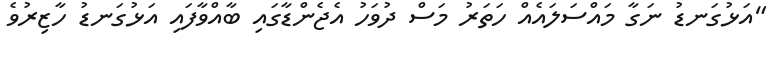
"އަޅުގަނޑު ނަގާ މައްސަލައެއް ހަތަރު މަސް ދުވަހު އެޖެންޑާގައި ބާއްވާފައި އަޅުގަނޑު ހާޒިރުވެ